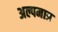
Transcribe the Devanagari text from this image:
अल्पमात्र